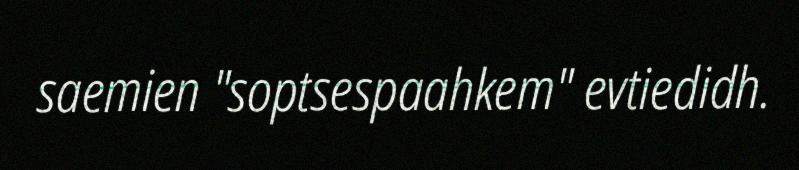
saemien "soptsespaahkem" evtiedidh.